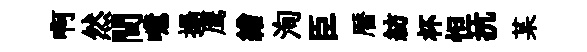
啊然間噫揚鹰繒洵臣暦紡杯怛抗某